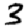
Digit: 3